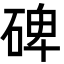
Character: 碑